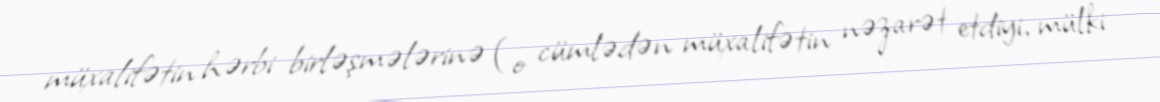
müxalifətin hərbi birləşmələrinə (o cümlədən müxalifətin nəzarət etdiyi, mülki